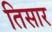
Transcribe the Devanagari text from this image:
तिसार